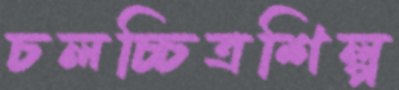
চলচ্চিত্রশিল্প